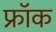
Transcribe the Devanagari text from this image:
फ्राॅक